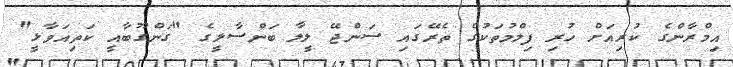
އިމްރާންގެ ކުރިއަށް ހުރި ފިލްމުތަކުގެ ތެރޭގައި ސަންޖޭ ލީލާ ބަންސާލީގެ "ގަންގޫބާއީ ކަތިއަވާޅީ"